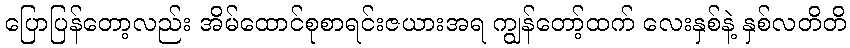
ပြောပြန်တော့လည်း အိမ်ထောင်စုစာရင်းဇယားအရ ကျွန်တော့်ထက် လေးနှစ်နဲ့ နှစ်လတိတိ